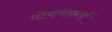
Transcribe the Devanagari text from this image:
पोषणकर्ता